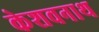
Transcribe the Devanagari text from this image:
केशवनाथ